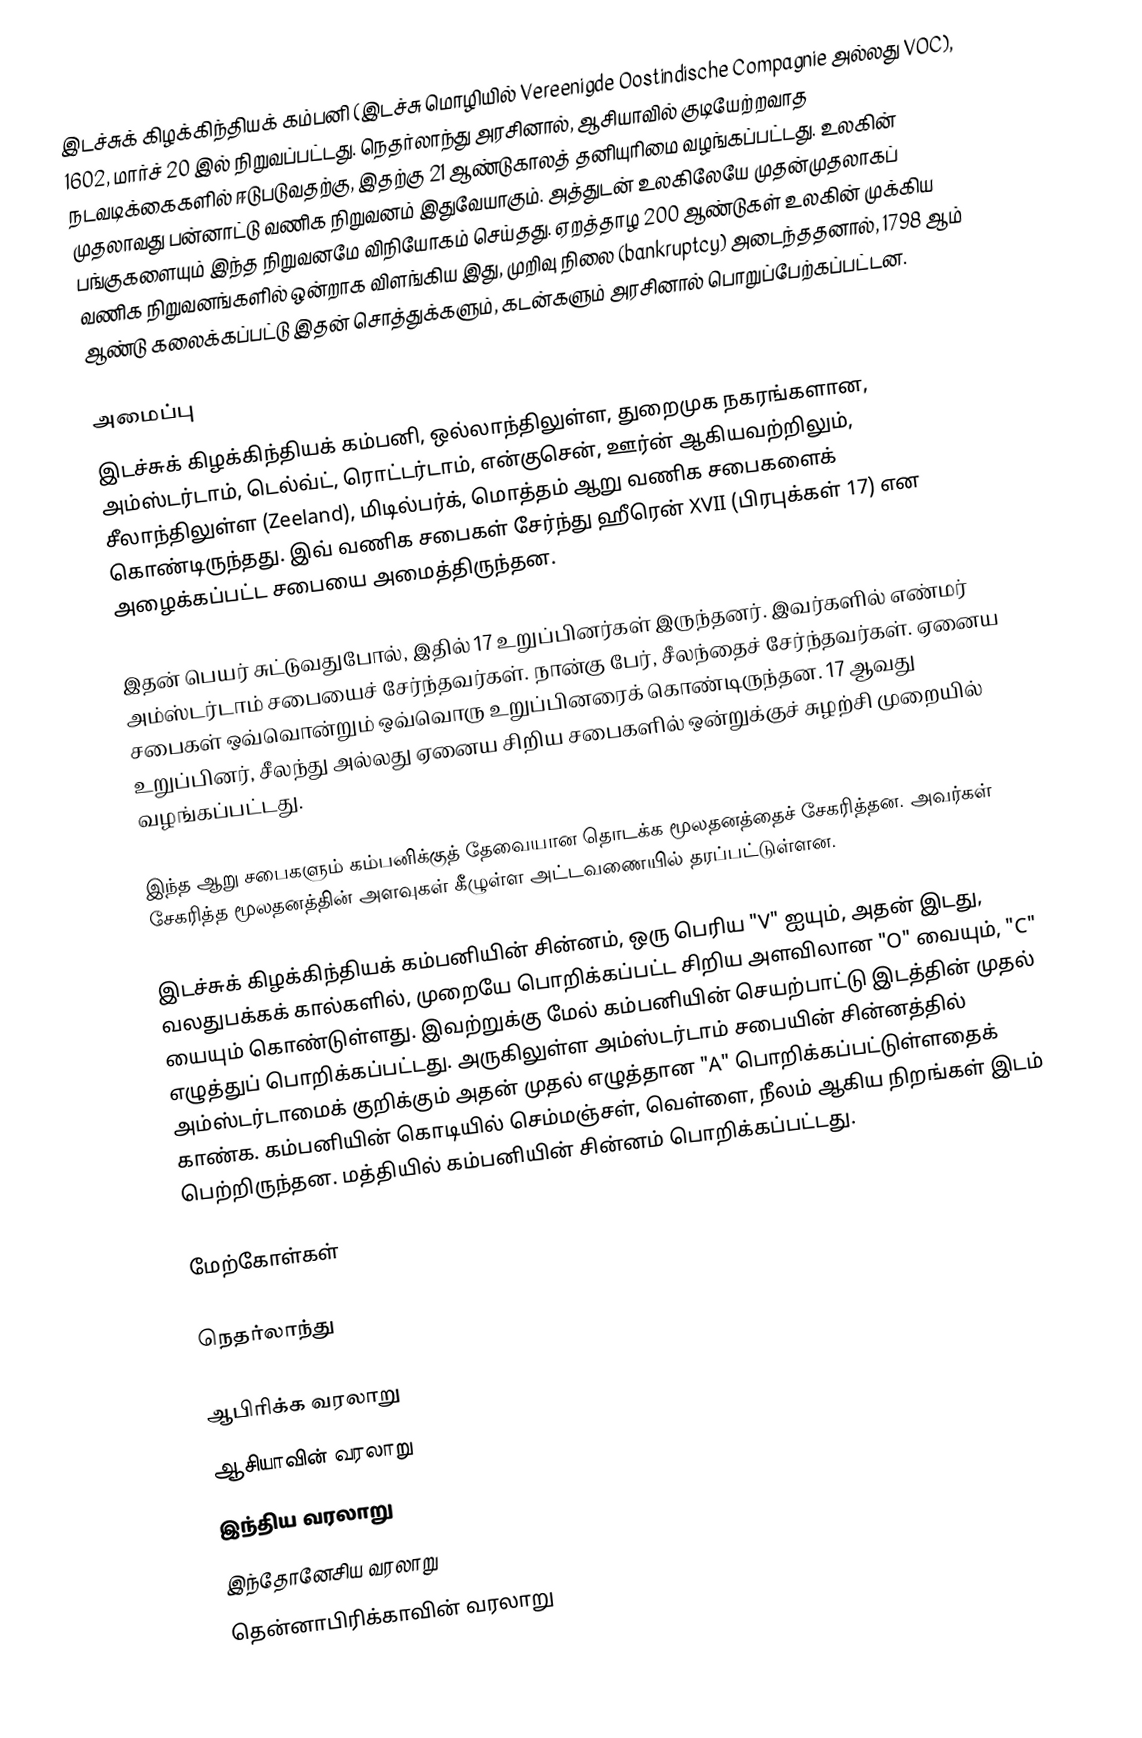
இடச்சுக் கிழக்கிந்தியக் கம்பனி (இடச்சு மொழியில் Vereenigde Oostindische Compagnie அல்லது VOC), 1602, மார்ச் 20 இல் நிறுவப்பட்டது. நெதர்லாந்து அரசினால், ஆசியாவில் குடியேற்றவாத நடவடிக்கைகளில் ஈடுபடுவதற்கு, இதற்கு 21 ஆண்டுகாலத் தனியுரிமை வழங்கப்பட்டது. உலகின் முதலாவது பன்னாட்டு வணிக நிறுவனம் இதுவேயாகும். அத்துடன் உலகிலேயே முதன்முதலாகப் பங்குகளையும் இந்த நிறுவனமே விநியோகம் செய்தது. ஏறத்தாழ 200 ஆண்டுகள் உலகின் முக்கிய வணிக நிறுவனங்களில் ஒன்றாக விளங்கிய இது, முறிவு நிலை (bankruptcy) அடைந்ததனால், 1798 ஆம் ஆண்டு கலைக்கப்பட்டு இதன் சொத்துக்களும், கடன்களும் அரசினால் பொறுப்பேற்கப்பட்டன.

அமைப்பு
இடச்சுக் கிழக்கிந்தியக் கம்பனி, ஒல்லாந்திலுள்ள, துறைமுக நகரங்களான, அம்ஸ்டர்டாம், டெல்வ்ட், ரொட்டர்டாம், என்குசென், ஊர்ன் ஆகியவற்றிலும், சீலாந்திலுள்ள (Zeeland), மிடில்பர்க், மொத்தம் ஆறு வணிக சபைகளைக் கொண்டிருந்தது. இவ் வணிக சபைகள் சேர்ந்து ஹீரென் XVII (பிரபுக்கள் 17) என அழைக்கப்பட்ட சபையை அமைத்திருந்தன.

இதன் பெயர் சுட்டுவதுபோல், இதில் 17 உறுப்பினர்கள் இருந்தனர். இவர்களில் எண்மர் அம்ஸ்டர்டாம் சபையைச் சேர்ந்தவர்கள். நான்கு பேர், சீலந்தைச் சேர்ந்தவர்கள். ஏனைய சபைகள் ஒவ்வொன்றும் ஒவ்வொரு உறுப்பினரைக் கொண்டிருந்தன. 17 ஆவது உறுப்பினர், சீலந்து அல்லது ஏனைய சிறிய சபைகளில் ஒன்றுக்குச் சுழற்சி முறையில் வழங்கப்பட்டது.

இந்த ஆறு சபைகளும் கம்பனிக்குத் தேவையான தொடக்க மூலதனத்தைச் சேகரித்தன. அவர்கள் சேகரித்த மூலதனத்தின் அளவுகள் கீழுள்ள அட்டவணையில் தரப்பட்டுள்ளன.

இடச்சுக் கிழக்கிந்தியக் கம்பனியின் சின்னம், ஒரு பெரிய "V" ஐயும், அதன் இடது, வலதுபக்கக் கால்களில், முறையே பொறிக்கப்பட்ட சிறிய அளவிலான "O" வையும், "C" யையும் கொண்டுள்ளது. இவற்றுக்கு மேல் கம்பனியின் செயற்பாட்டு இடத்தின் முதல் எழுத்துப் பொறிக்கப்பட்டது. அருகிலுள்ள அம்ஸ்டர்டாம் சபையின் சின்னத்தில் அம்ஸ்டர்டாமைக் குறிக்கும் அதன் முதல் எழுத்தான "A" பொறிக்கப்பட்டுள்ளதைக் காண்க. கம்பனியின் கொடியில் செம்மஞ்சள், வெள்ளை, நீலம் ஆகிய நிறங்கள் இடம் பெற்றிருந்தன. மத்தியில் கம்பனியின் சின்னம் பொறிக்கப்பட்டது.

மேற்கோள்கள்

நெதர்லாந்து

ஆபிரிக்க வரலாறு
ஆசியாவின் வரலாறு
இந்திய வரலாறு
இந்தோனேசிய வரலாறு
தென்னாபிரிக்காவின் வரலாறு